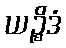
ယဉ္စိဒံ